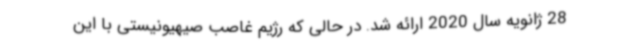
28 ژانویه سال 2020 ارائه شد. در حالی که رژیم غاصب صیهیونیستی با این